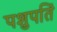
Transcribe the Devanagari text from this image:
पशुपतिं